Scottish Leaving Certificate Examination, 1951
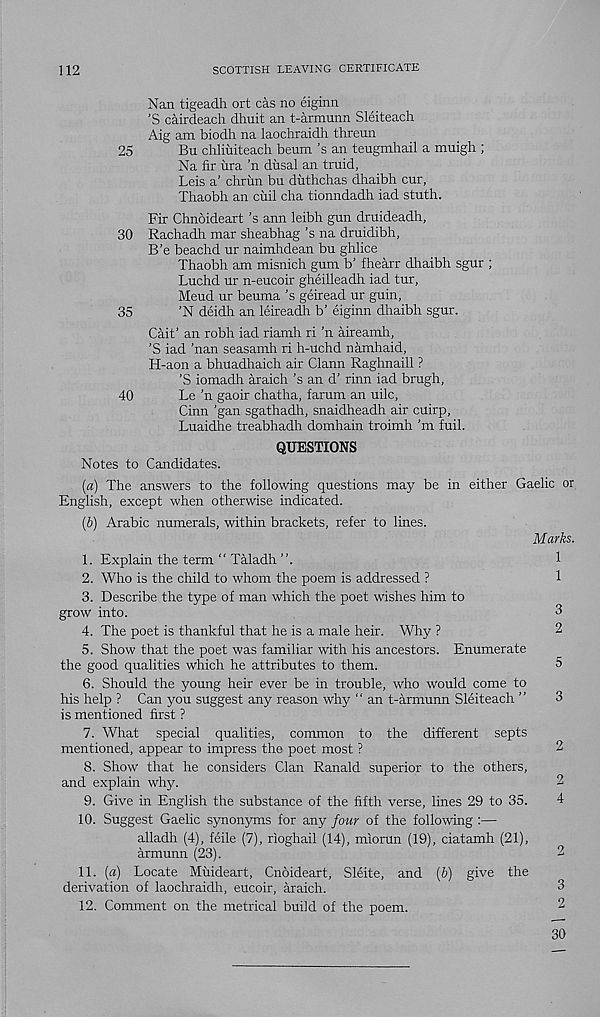
112
SCOTTISH LEAVING CERTIFICATE
Nan tigeadh ort cas no eiginn
’S cairdeach dhuit an t-armunn Sleiteach
Aig am biodh na laochraidh threun
25
Bu chliuiteach beum ’s an teugmhail a muigh ;
Na fir ura ’n dusal an truid,
Leis a’ chrun bu duthchas dhaibh cur,
Thaobh an cuil cha tionndadh iad stuth.
Fir Chnoideart ’s ann leibh gun druideadh,
30 Rachadh mar sheabhag’s na druidibh,
B’e beachd ur naimhdean bu ghlice
Thaobh am misnich gum b’ fhearr dhaibh sgur ;
Luchd ur n-eucoir gheilleadh iad tur,
Meud ur beuma ’s geiread ur guin,
35
’N deidh an leireacSi b’ eiginn dhaibh sgur.
Gait’ an robh iad riamh ri ’n aireamh,
’S iad ’nan seasamh ri h-uchd namhaid,
H-aon a bhuadhaich air Clann Raghnaill ?
’S iomadh araich’s an d’ rinn iad brugh,
40
Le ’n gaoir chatha, farum an uilc,
Ginn 'gan sgathadh, snaidheadh air cuirp,
Luaidhe treabhadh domhain troimh’m full.
QUESTIONS
Notes to Candidates.
(a) The answers to the following questions may be in either Gaelic or
English, except when otherwise indicated.
(b) Arabic numerals, within brackets, refer to lines.
Marks.
1. Explain the term “ Taladh ”.
2. Who is the child to whom the poem is addressed ?
3. Describe the type of man which the poet wishes him to
grow into.
4. The poet is thankful that he is a male heir. Why ?
5. Show that the poet was familiar with his ancestors. Enumerate
the good qualities which he attributes to them.
6. Should the young heir ever be in trouble, who would come to
his help ? Can you suggest any reason why “ an t-armunn Sleiteach ”
is mentioned first ?
7. What special qualities, common to the different septs
mentioned, appear to impress the poet most ?
8. Show that he considers Clan Ranald superior to the others,
and explain why.
9. Give in English the substance of the fifth verse, lines 29 to 35.
10. Suggest Gaelic synonyms for any four of the following :—
alladh (4), feile (7), rioghail (14), miorun (19), ciatamh (21),
armunn (23).
11. [a) Locate Muideart, Cnoideart, Sleite, and (&) give the
derivation of laochraidh, eucoir, araich.
12. Comment on the metrical build of the poem.
1
1
3
2
5
3
2
2
4
2
3
2
30